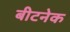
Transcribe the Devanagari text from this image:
बीटनेक